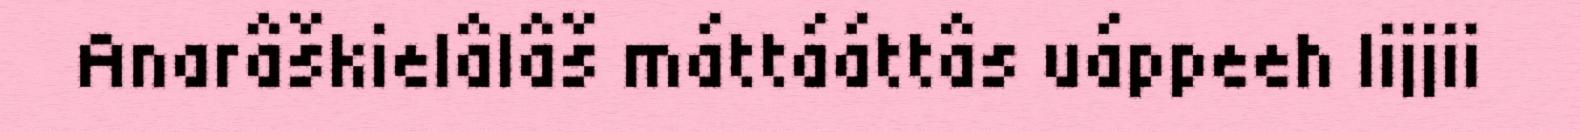
Anarâškielâlâš máttááttâs uáppeeh lijjii